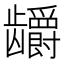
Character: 𬺖